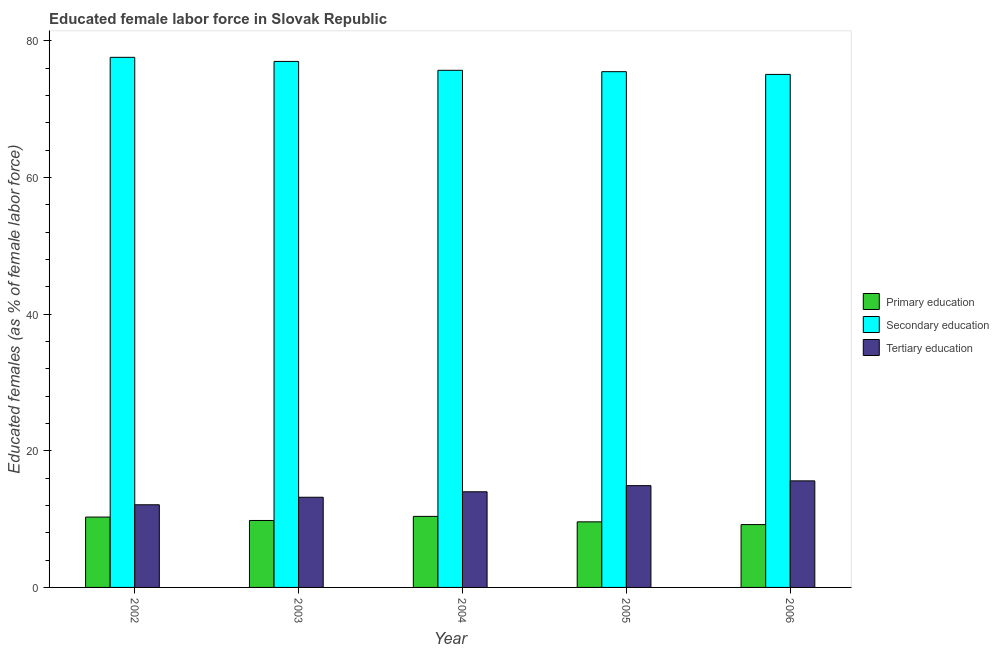
| Year | Primary education | Secondary education | Tertiary education |
 | --- | --- | --- | --- |
 | 2002 | 10.3 | 77.6 | 12.1 |
 | 2003 | 9.8 | 77 | 13.2 |
 | 2004 | 10.4 | 75.7 | 14 |
 | 2005 | 9.6 | 75.5 | 14.9 |
 | 2006 | 9.2 | 75.1 | 15.6 |